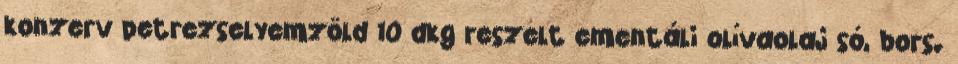
konzerv petrezselyemzöld 10 dkg reszelt ementáli olívaolaj só, bors.